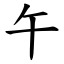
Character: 午